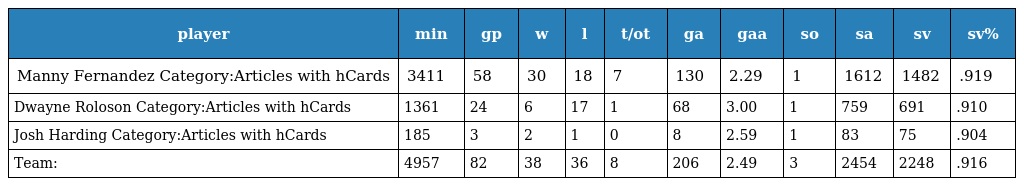
| player | min | gp | w | l | t/ot | ga | gaa | so | sa | sv | sv% |
 | --- | --- | --- | --- | --- | --- | --- | --- | --- | --- | --- | --- |
 | Manny Fernandez Category:Articles with hCards | 3411 | 58 | 30 | 18 | 7 | 130 | 2.29 | 1 | 1612 | 1482 | .919 |
 | Dwayne Roloson Category:Articles with hCards | 1361 | 24 | 6 | 17 | 1 | 68 | 3.00 | 1 | 759 | 691 | .910 |
 | Josh Harding Category:Articles with hCards | 185 | 3 | 2 | 1 | 0 | 8 | 2.59 | 1 | 83 | 75 | .904 |
 | Team: | 4957 | 82 | 38 | 36 | 8 | 206 | 2.49 | 3 | 2454 | 2248 | .916 |